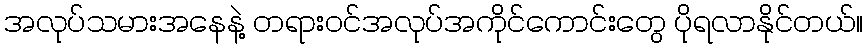
အလုပ်သမားအနေနဲ့ တရားဝင်အလုပ်အကိုင်ကောင်းတွေ ပိုရလာနိုင်တယ်။